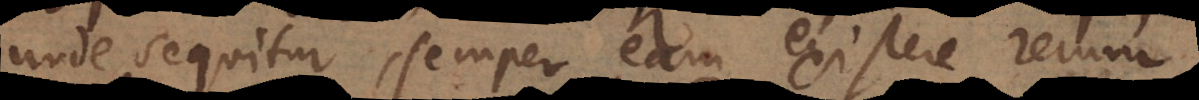
unde sequitur, semper eam existere rerum